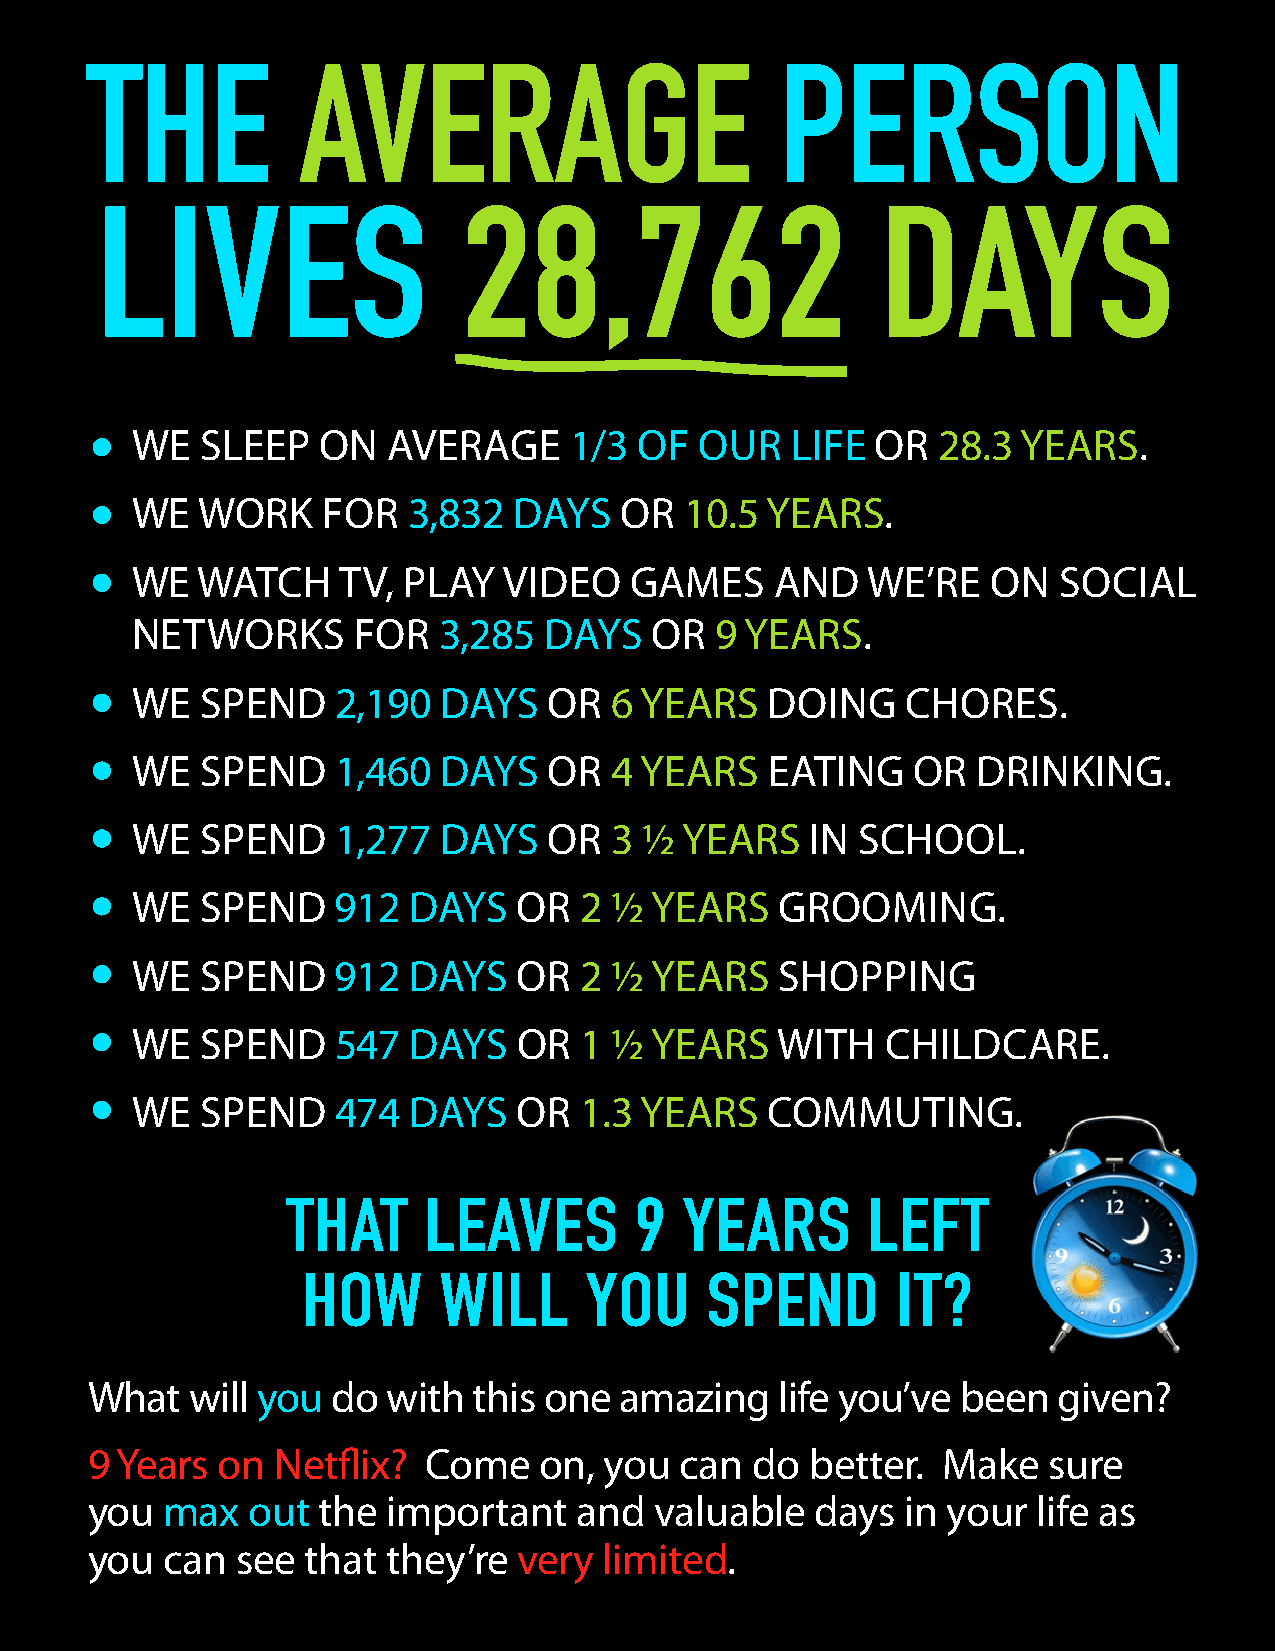
THE           AVERAGE                         PERSON
 LIVES                    28,762                     DAYS
 •
 WE  SLEEP   ON   AVERAGE     1/3 OF  OUR   LIFE  OR  28.3  YEARS.
 •
 WE  WORK    FOR   3,832  DAYS   OR  10.5  YEARS.
 •
 WE  WATCH     TV, PLAY  VIDEO    GAMES    AND   WE’RE    ON  SOCIAL
 NETWORKS      FOR   3,285  DAYS   OR  9 YEARS.
 •
 WE  SPEND    2,190  DAYS   OR  6 YEARS    DOING    CHORES.
 •
 WE  SPEND    1,460  DAYS   OR  4 YEARS    EATING   OR   DRINKING.
 •
 WE  SPEND    1,277  DAYS   OR  3 ½  YEARS    IN SCHOOL.
 •
 WE  SPEND    912  DAYS   OR  2 ½  YEARS    GROOMING.
 •
 WE  SPEND    912  DAYS   OR  2 ½  YEARS    SHOPPING
 •
 WE  SPEND    547  DAYS   OR  1 ½  YEARS   WITH    CHILDCARE.
 •
 WE  SPEND    474  DAYS   OR  1.3 YEARS    COMMUTING.
 THAT     LEAVES        9  YEARS       LEFT
 HOW      WILL      YOU     SPEND       IT?
 What   will you do  with this one  amazing    life you’ve been  given?
 9 Years on  Netflix?  Come    on, you  can  do  better. Make   sure
 you  max  out  the  important   and  valuable   days  in your  life as
 you  can  see that  they’re very  limited.